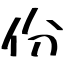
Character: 份